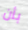
بأن